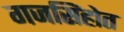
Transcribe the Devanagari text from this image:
गजसिंहोत